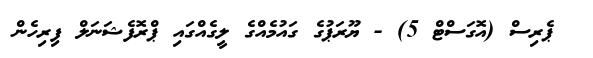
ޕެރިސް (އޮގަސްޓް 5) - ޔޫރަޕުގެ ގައުމެއްގެ ލީގެއްގައި ޕްރޮފެޝަނަލް ފިރިހެން